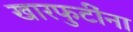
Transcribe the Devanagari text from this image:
खारफुटींना